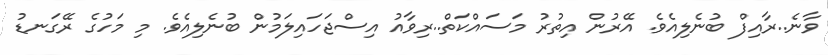
ވާނެ..ރާއިފް ބުނެލިއެވެ. އޭރުން އިތުރު މަސައްކަތް..ރިވާއު އިސްޖަހައިލަމުން ބުނެލިއެވެ. މި މަހުގެ ރޭގަނޑު